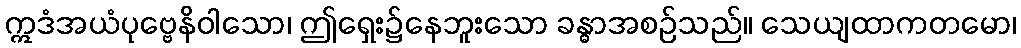
ဣဒံအယံပုဗ္ဗေနိဝါသော၊ ဤရှေး၌နေဘူးသော ခန္ဓာအစဉ်သည်။ သေယျထာကတမော၊